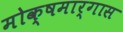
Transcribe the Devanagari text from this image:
मोक्षमार्गास